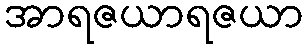
အာရဇယာရဇယာ